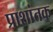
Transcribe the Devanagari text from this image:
प्राशांतक